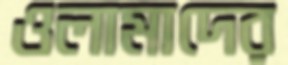
ওলামাদের